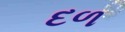
દળ